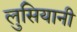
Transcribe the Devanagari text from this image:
लुसियानी